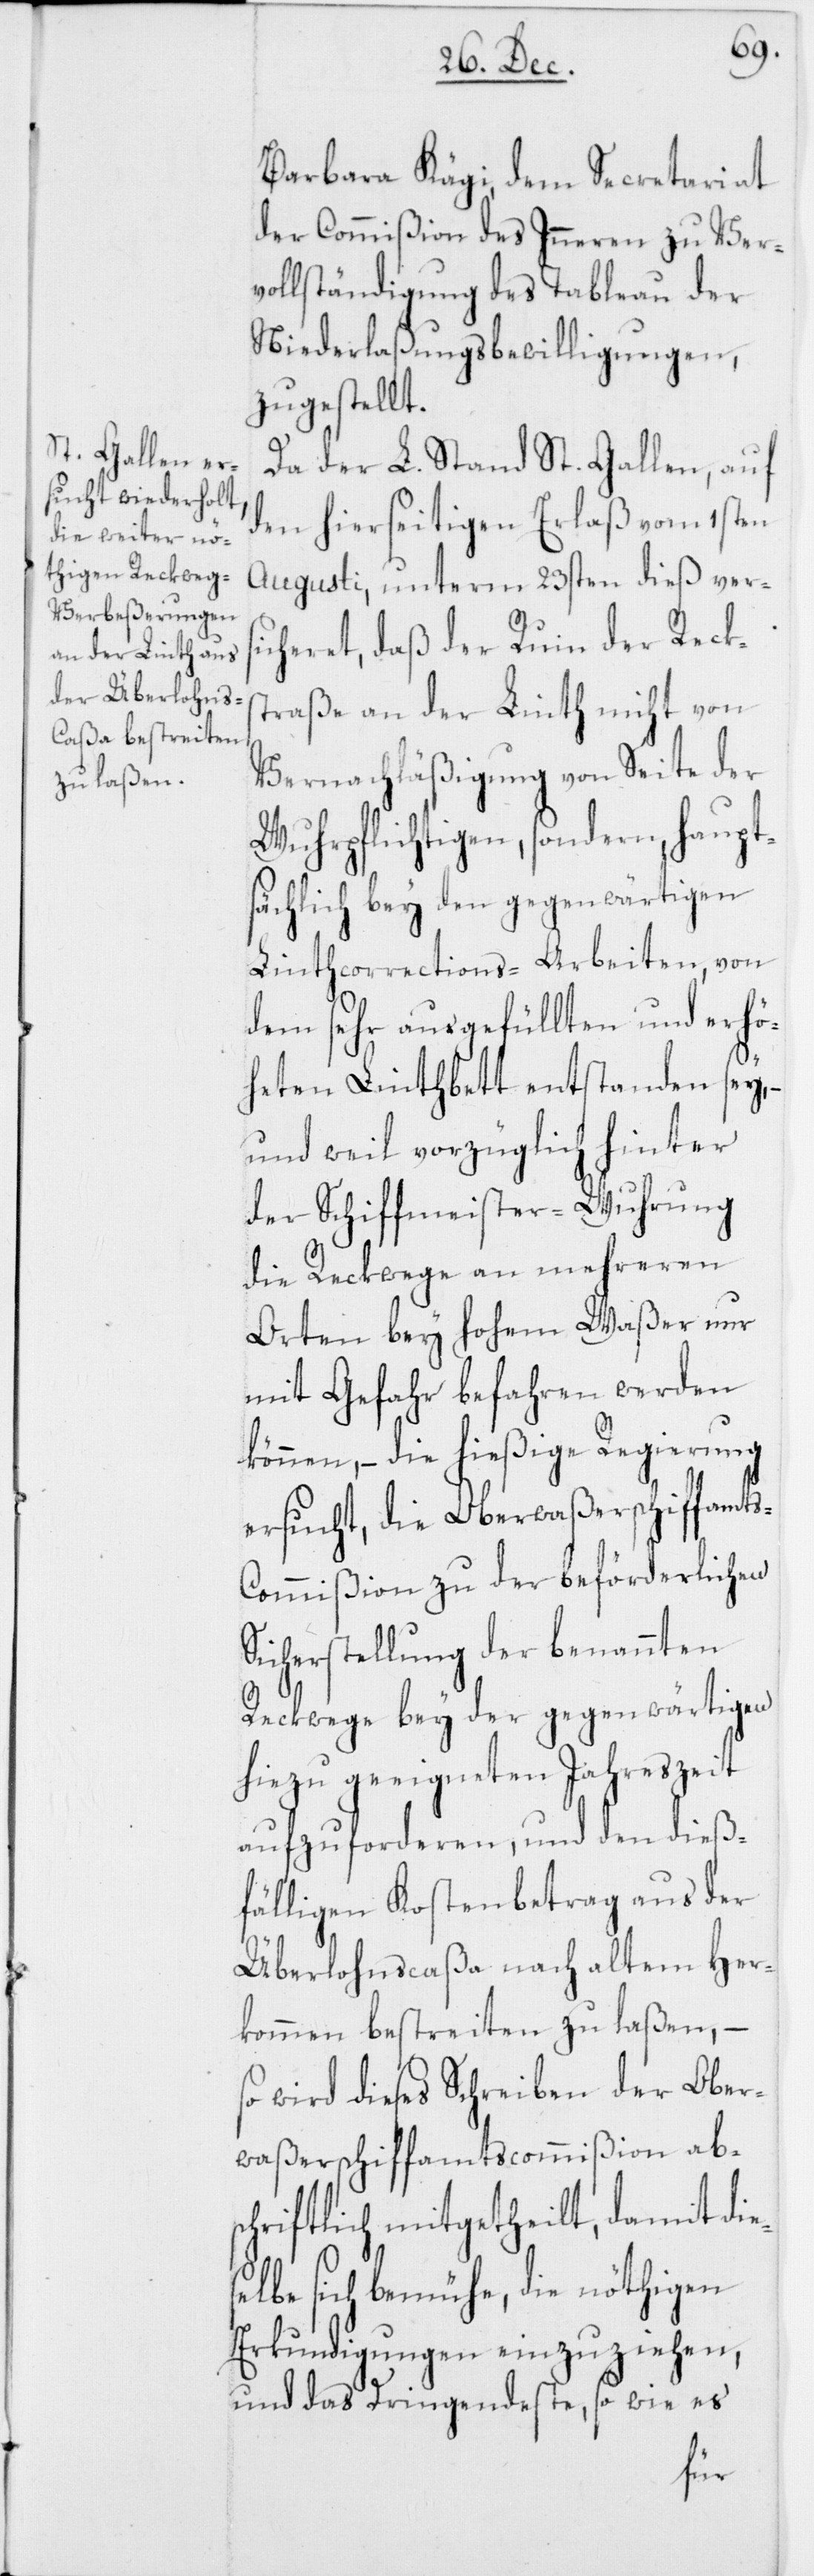
Barbara Kägi, dem Secretariat
der Commißion des Inneren zu Ver¬
vollständigung des Tableau der
Niederlaßungsbewilligungen,
zugestellt.
Da der L. Stand St. Gallen, auf
den hierseitigen Erlaß vom 1sten
Augusti, unterm 23sten dieß ver¬
cheret, daß der Ruin der Recks¬
traße an der Linth nicht von
Vernachläßigung von Seite der
Wuhrpflichtigen, sondern haupt¬
sächlich bey den gegenwärtigen
Linthcorrections-Arbeiten, von
dem sehr ausgefüllten und erhö¬
heten Linthbett entstanden sey,
und weil vorzüglich hinter
der Schiffmeister-Wuhrung
die Reckwege an mehreren
Orten bey hohem Waßer nur
mit Gefahr befahren werden
können, – die hießige Regierung
ersucht, die Oberwaßerschiffamt¬
s-Commißion zu der beförderlichen
Sicherstellung der benannten
Reckwege bey der gegenwärtigen
hiezu geeigneten Jahreszeit
aufzuforderen, und den dieß¬
fälligen Kostenbetrag aus der
Überlohnscaßa nach altem Her¬
kommen bestreiten zu laßen, –
so wird dieses Schreiben der Ober¬
waßerschiffamtscommißion ab¬
schriftlich mitgetheilt, damit di¬
elbe sich bemühe, die nöthigen
Erkundigungen einzuziehen,
und das Dringendeste, so wie es
es¬